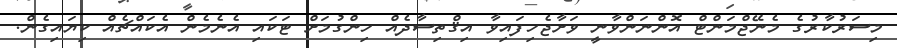
މިސަރުކާރުގެ މެނޭޖްމަންޓް އޮންނަންވާނީ ވަށާޖެހިފައިވާ އިޤްތިސާދެއް ހިންގުމަށް ޓަކައި އެނެމެން އެކައްޗެއް ކިޔައިގެން.